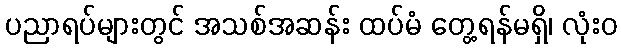
ပညာရပ်များတွင် အသစ်အဆန်း ထပ်မံ တွေ့ရန်မရှိ၊ လုံးဝ